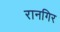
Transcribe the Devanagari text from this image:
रानगिर